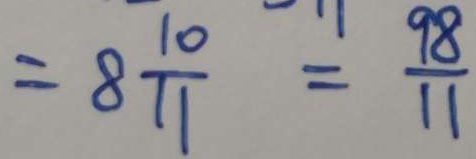
= 8 \frac { 1 0 } { 1 1 } = \frac { 9 8 } { 1 1 }